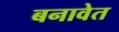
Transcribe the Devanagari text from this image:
बनावेत